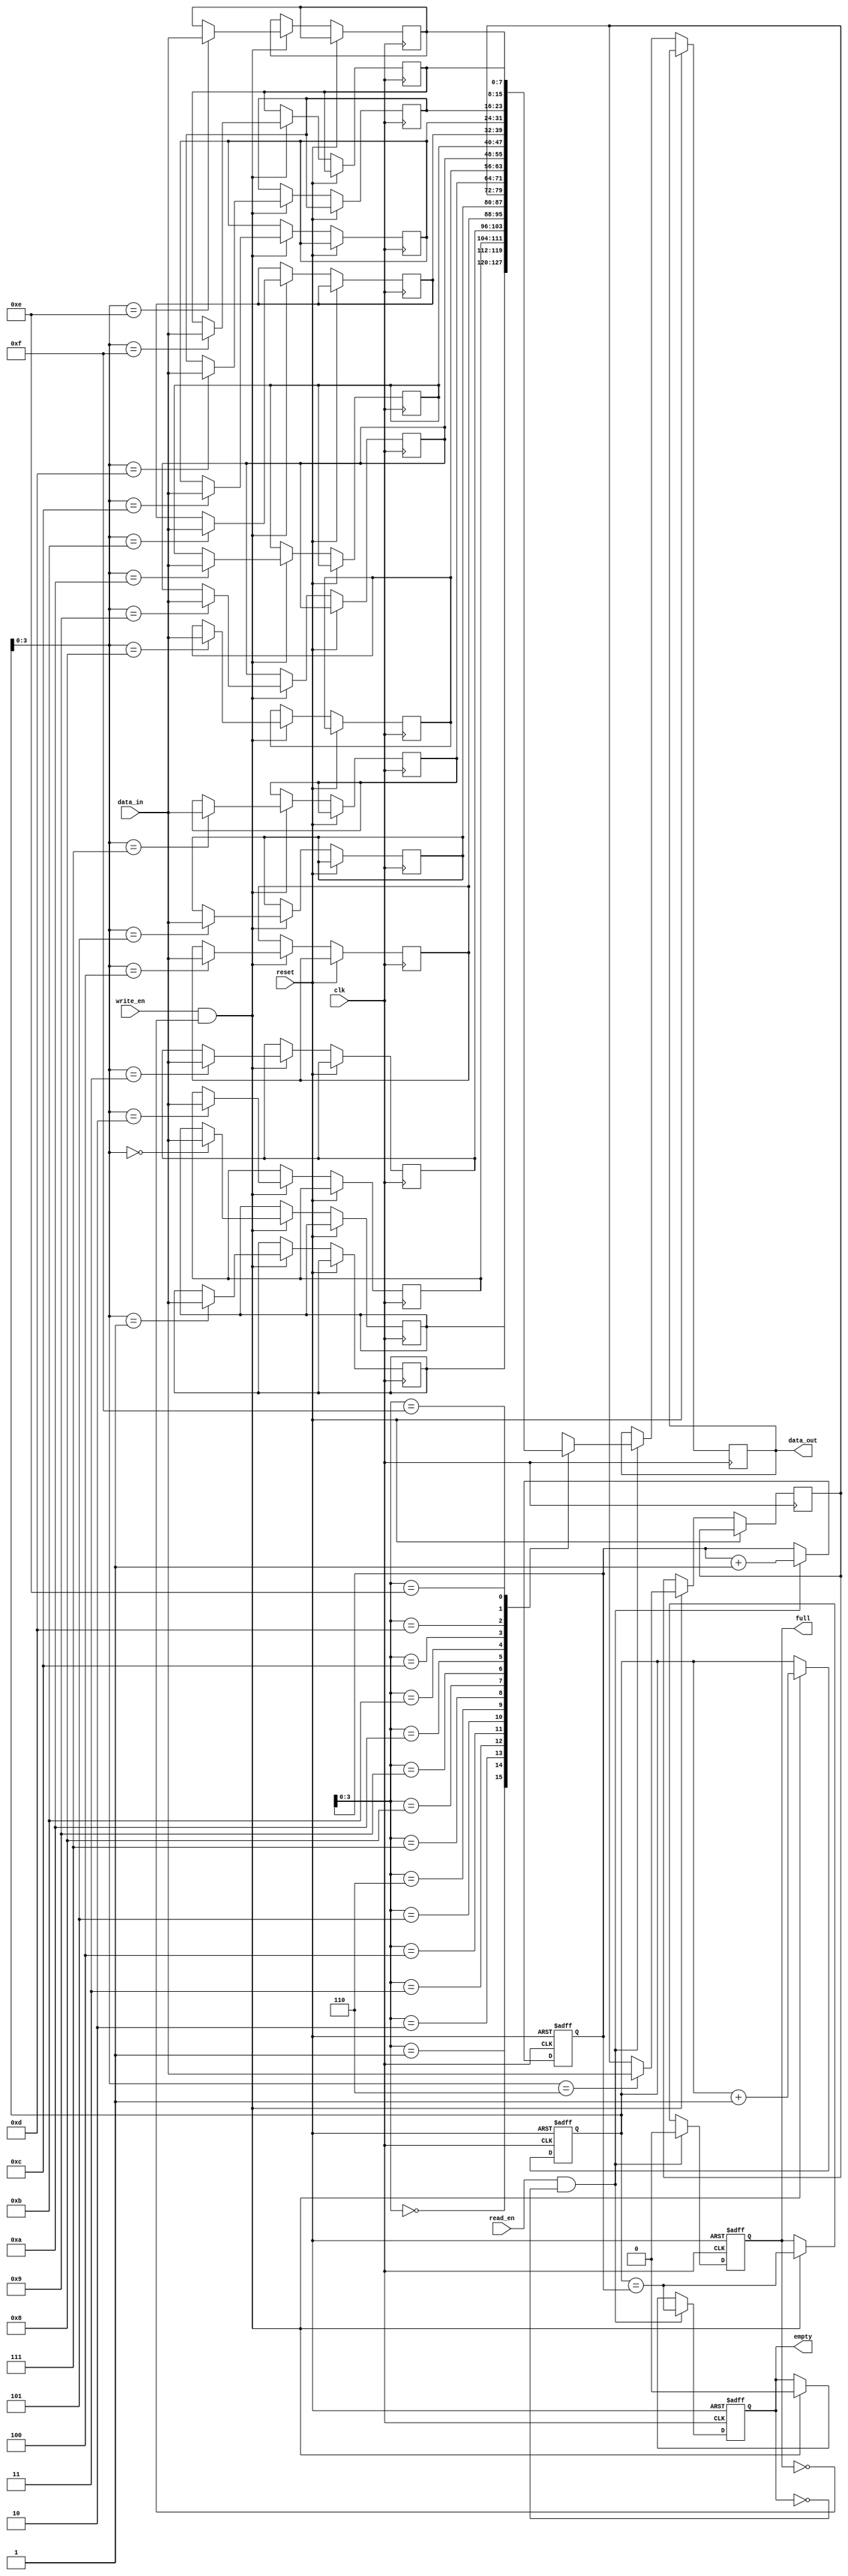
module fifo_buffer #(parameter WIDTH = 8, DEPTH = 16)
(
    input wire clk,
    input wire reset,
    input wire write_en,
    input wire read_en,
    input wire [WIDTH-1:0] data_in,
    output reg [WIDTH-1:0] data_out,
    output reg full,
    output reg empty
);

reg [(WIDTH-1):0] mem [DEPTH-1:0];
reg [(WIDTH-1):0] write_ptr;
reg [(WIDTH-1):0] read_ptr;

always @(posedge clk or posedge reset)
begin
    if (reset)
    begin
        write_ptr <= 0;
        read_ptr <= 0;
        full <= 0;
        empty <= 1;
    end
    else
    begin
        if (write_en && !full)
        begin
            mem[write_ptr] <= data_in;
            write_ptr <= write_ptr + 1;
            full <= (write_ptr == read_ptr);
            empty <= 0;
        end

        if (read_en && !empty)
        begin
            data_out <= mem[read_ptr];
            read_ptr <= read_ptr + 1;
            empty <= (write_ptr == read_ptr);
            full <= 0;
        end
    end
end

endmodule